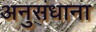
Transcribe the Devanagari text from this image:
अनुसंधाना